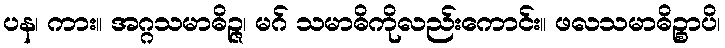
ပန၊ ကား။ အဂ္ဂသမာဓိဉ္ဇ၊ မဂ် သမာဓိကိုလည်းကောင်း။ ဖလသမာဓိဉ္စာပိ၊